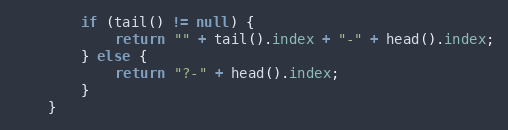
Language: Java
        if (tail() != null) {
            return "" + tail().index + "-" + head().index;
        } else {
            return "?-" + head().index;
        }
    }